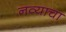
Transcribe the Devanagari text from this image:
नव्याचा